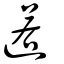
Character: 逽